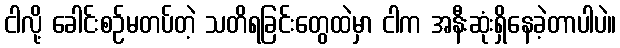
ငါလို့ ခေါင်းစဉ်မတပ်တဲ့ သတိရခြင်းတွေထဲမှာ ငါက အနီးဆုံးရှိနေခဲ့တာပါပဲ။